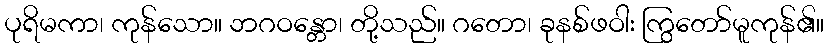
ပုရိမကာ၊ ကုန်သော။ ဘဂဝန္တော၊ တို့သည်။ ဂတော၊ ခုနစ်ဖဝါး ကြွတော်မူကုန်၏။